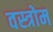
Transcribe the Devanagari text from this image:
वस्त्रोम